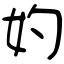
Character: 妁